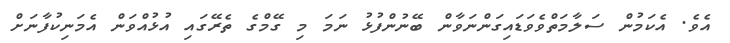
އެވެ. އެކަމުން ސަލާމަތްވެވަޑައިގަންނަވާން ބޭނުންފުޅު ނަމަ މި ގޭމްގެ ތެރޭގައި އުޅުއްވަން އެމަނިކުފާނަށް